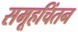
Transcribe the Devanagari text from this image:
समूहचिंतन